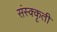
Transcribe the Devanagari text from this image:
संस्क्कृती